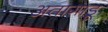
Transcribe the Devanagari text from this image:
अतागाडू